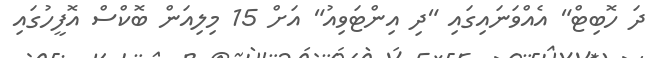
ދަ ހޮބިޓް" އެއްވަނައިގައި "ދި އިންޓަވިއު" އަށް 15 މިލިއަން ބޮކްސް އޮފީހުގައި